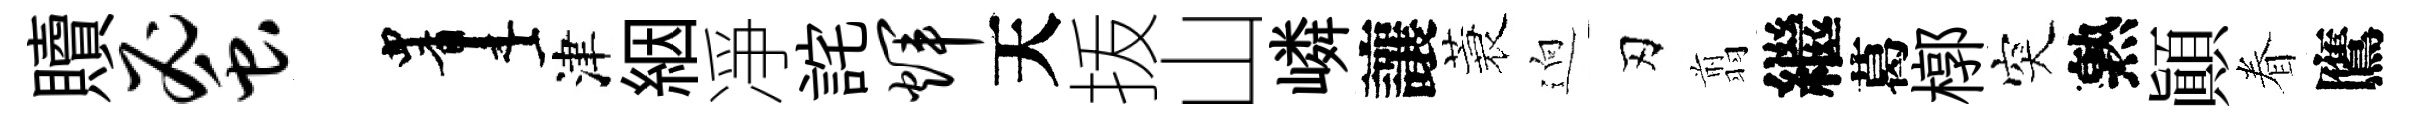
贖蜜画津絪凈詫辉天㧞山嶙讓蓑逈刃翦繼葛槨突熟顚眷鷹